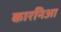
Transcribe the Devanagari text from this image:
कारनिआ